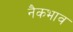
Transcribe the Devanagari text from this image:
नैकभाव